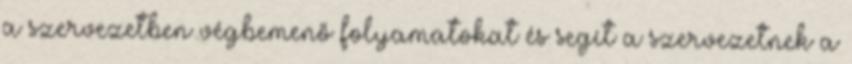
a szervezetben végbemenő folyamatokat és segít a szervezetnek a